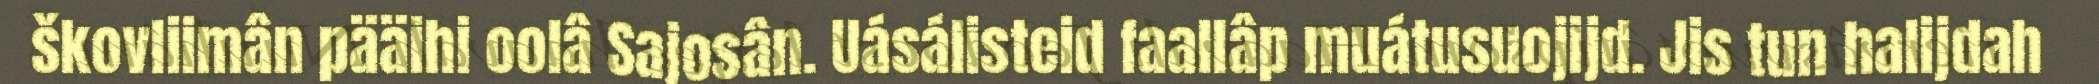
škovliimân pääihi oolâ Sajosân. Uásálisteid faallâp muátusuojijd. Jis tun halijdah